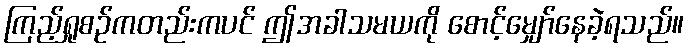
ကြည့်ရှုစဉ်ကတည်းကပင် ဤအခါသမယကို စောင့်မျှော်နေခဲ့ရသည်။